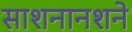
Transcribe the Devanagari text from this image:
साशनानशने